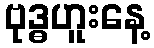
ဗုဒ္ဓဟူးနေ့